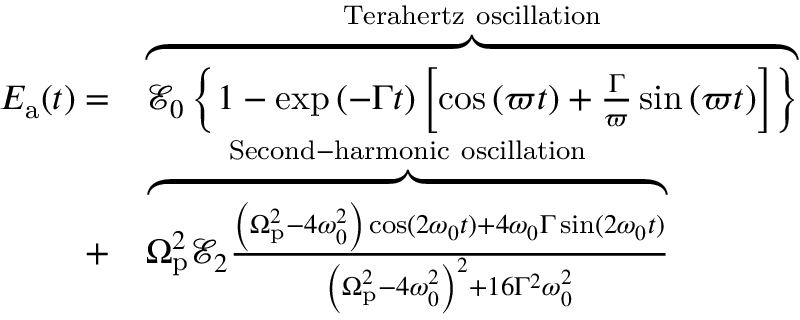
\begin{array} { r l } { E _ { \mathrm { a } } ( t ) = } & { \overbrace { \mathscr { E } _ { 0 } \left\{ 1 - \exp { \left( - \Gamma t \right) } \left[ \cos \left( \varpi t \right) + \frac { \Gamma } { \varpi } \sin \left( \varpi t \right) \right] \right\} } ^ { \mathrm { T e r a h e r t z ~ o s c i l l a t i o n } } } \\ { + } & { \overbrace { \Omega _ { \mathrm { p } } ^ { 2 } \mathscr { E } _ { 2 } \frac { \left( \Omega _ { \mathrm { p } } ^ { 2 } - 4 \omega _ { 0 } ^ { 2 } \right) \cos ( 2 \omega _ { 0 } t ) + 4 \omega _ { 0 } \Gamma \sin ( 2 \omega _ { 0 } t ) } { \left( \Omega _ { \mathrm { p } } ^ { 2 } - 4 \omega _ { 0 } ^ { 2 } \right) ^ { 2 } + 1 6 \Gamma ^ { 2 } \omega _ { 0 } ^ { 2 } } } ^ { \mathrm { S e c o n d - h a r m o n i c ~ o s c i l l a t i o n } } } \end{array}